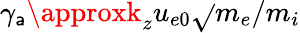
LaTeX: \gamma_{\mathsf{a}}\approxk_{z}u_{e0}\sqrt{}{{m_{e}/m_{i}}}